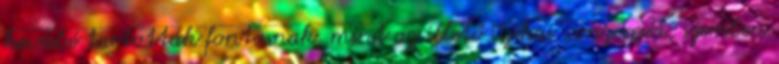
kevésbé tartották fontosnak, mint az illető ﬁzikai vonzerejét, szemben